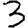
Digit: 3